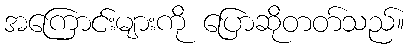
အကြောင်းများကို ပြောဆိုတတ်သည်။